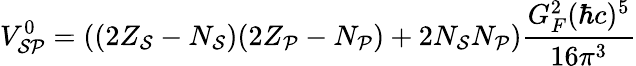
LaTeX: V_{\mathcal{SP}}^{0}=((2Z_{\mathcal{S}}-N_{\mathcal{S}})(2Z_{\mathcal{P}}-N_{\mathcal{P}})+2N_{\mathcal{S}}N_{\mathcal{P}})\frac{G_{F}^{2}(\hbar c)^{5}}{16\pi^{3}}